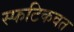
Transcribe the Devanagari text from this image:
स्फटिकवत